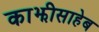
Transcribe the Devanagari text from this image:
काझीसाहेब